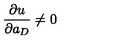
\frac { \partial u } { \partial a _ { D } } \neq 0